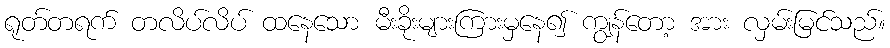
ရုတ်တရက် တလိပ်လိပ် ထနေသော မီးခိုးများကြားမှနေ၍ ကျွန်တော့ အား လှမ်းမြင်သည်။